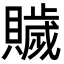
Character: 𧸗